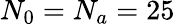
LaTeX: N_{0}=N_{a}=25